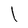
Character: l